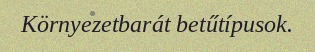
Környezetbarát betűtípusok.